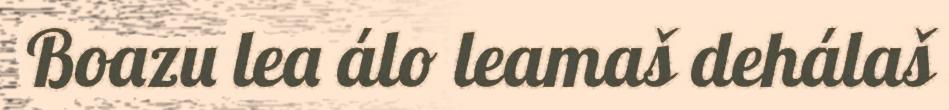
Boazu lea álo leamaš dehálaš